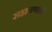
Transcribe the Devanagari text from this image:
सहाजणांची